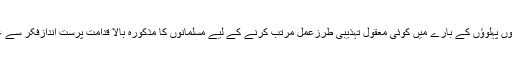
میری رائے میں آج کی دنیا کے ان دونوں پہلوؤں کے بارے میں کوئی معقول تہذیبی طرزِعمل مرتّب کرنے کے لیے مسلمانوں کا مذکورہ بالا قدامت پرست اندازِفکر سے علی الاعلان پیچھا چھڑانا ضروری ہے۔